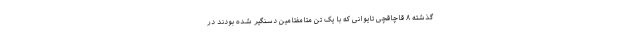
گذشته ۸ قاچاقچی تایوانی که با یک تن متامفتامین دسنگیر شده بودند در